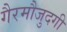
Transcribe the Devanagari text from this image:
गैरमौजुदगी